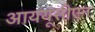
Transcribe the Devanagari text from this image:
आययूसीएन